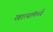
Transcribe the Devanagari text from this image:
खात्यांमध्ये